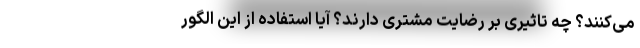
می‌کنند؟ چه تاثیری بر رضایت مشتری دارند؟ آیا استفاده از این الگور